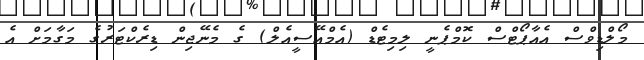
މޯލްޑިވްސް އެއާޕޯޓްސް ކޮމްޕެނީ ލިމިޓެޑް (އެމްއޭސީއެލް) ގެ މެނޭޖިން ޑިރެކްޓަރުގެ މަގާމަށް އެ